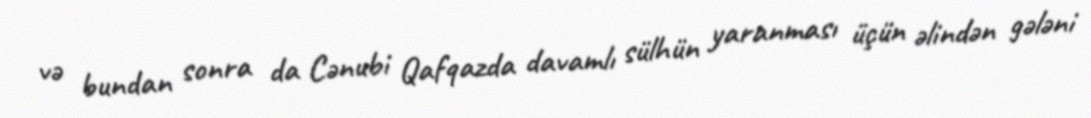
və bundan sonra da Cənubi Qafqazda davamlı sülhün yaranması üçün əlindən gələni